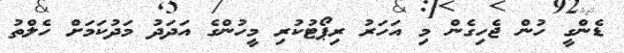
ޑެންގީ ހުން ޖެހިގެން މި އަހަރު ރިޕޯޓުކުރި މީހުންގެ އަދަދު މަދުކަމަށް ހެލްތު